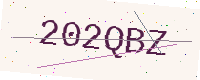
Text: 202QBZ